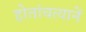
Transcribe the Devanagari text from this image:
होतांचत्यानें